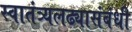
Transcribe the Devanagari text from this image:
स्वातंत्र्यलढ्यासंबंधी